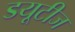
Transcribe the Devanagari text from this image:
डयूटीज